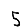
Digit: 5